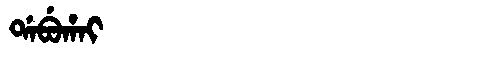
Manchu: ᡩᠠᠪᡠᡥᠠᡳ
Romanization: DABUHAI